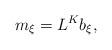
LaTeX: \begin{align*}m_{\xi}=L^{K}b_{\xi},\end{align*}